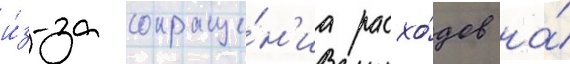
и́з-за сокраще́н'иа расхо́дов на́